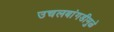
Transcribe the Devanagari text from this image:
उचलबांगडीमुळे